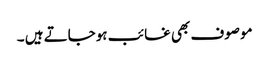
موصوف بھی غائب ہوجاتے ہیں ۔